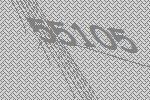
55105